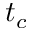
t _ { c }